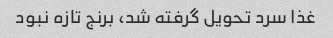
غذا سرد تحویل گرفته شد، برنج تازه نبود